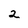
Character: 2